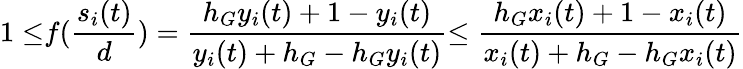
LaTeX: {1\leq}f(\frac{s_{i}(t)}{d})=\frac{h_{G}y_{i}(t)+1-y_{i}(t)}{y_{i}(t)+h_{G}-h_{G}y_{i}(t)}{\leq\frac{h_{G}x_{i}(t)+1-x_{i}(t)}{x_{i}(t)+h_{G}-h_{G}x_{i}(t)}}